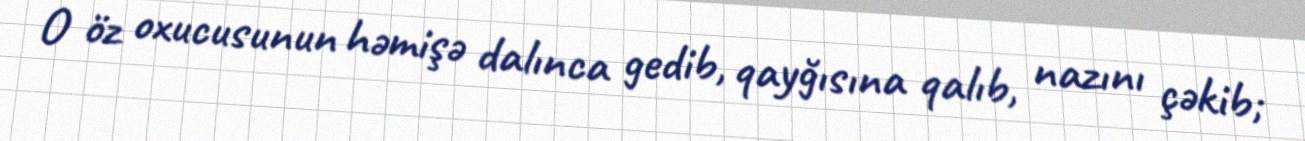
O öz oxucusunun həmişə dalınca gedib, qayğısına qalıb, nazını çəkib;